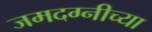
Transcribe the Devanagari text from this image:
जमदग्नीच्या